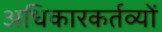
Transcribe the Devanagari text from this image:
अधिकारकर्तव्यों